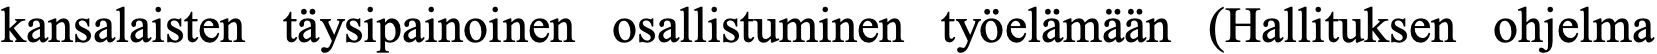
kansalaisten täysipainoinen osallistuminen työelämään (Hallituksen ohjelma